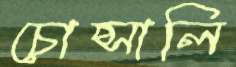
চোপ্‌সালি